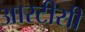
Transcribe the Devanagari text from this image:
आरटीसी